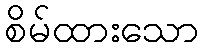
စိမ်ထားသော